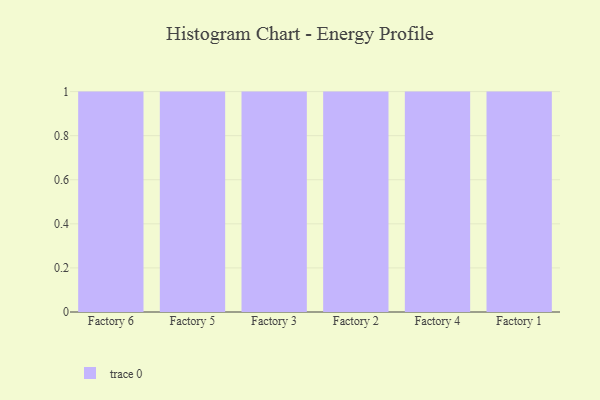
{"axis": {"x": "Factory", "y": "Operating Costs (USD K)"}, "legend": [""], "data": [{"x": "Factory 6", "y": 94, "type": ""}, {"x": "Factory 5", "y": 97, "type": ""}, {"x": "Factory 3", "y": 24, "type": ""}, {"x": "Factory 2", "y": 39, "type": ""}, {"x": "Factory 4", "y": 84, "type": ""}, {"x": "Factory 1", "y": 20, "type": ""}]}